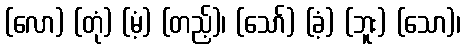
(လော) (တုံ) (မံ့) (တည့်)၊ (သော်) (ခံ့) (ဘူး) (သော)၊